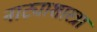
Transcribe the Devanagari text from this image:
नाट्याशास्त्रा